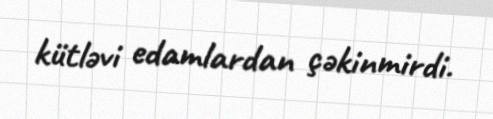
kütləvi edamlardan çəkinmirdi.